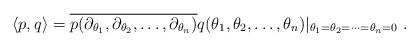
LaTeX: \begin{align*}\left< p, q \right> = \overline{p(\partial_{\theta_1}, \partial_{\theta_2}, \ldots, \partial_{\theta_n})}q( \theta_1, \theta_2, \ldots, \theta_n)|_{\theta_1=\theta_2 = \cdots=\theta_n=0}~.\end{align*}